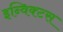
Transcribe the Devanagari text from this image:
इन्विक्टस